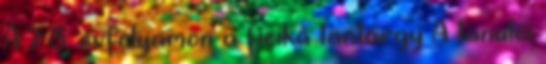
A 7 8. évfolyamon a fizika tantárgy A tanulói